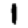
Digit: 1